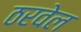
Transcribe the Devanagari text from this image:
ठरवेल